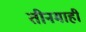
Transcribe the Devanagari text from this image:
तीनमाही